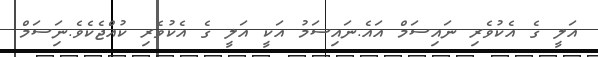
އަލީ ގެ އެކުވެރި ނައިސަމް އައެ.ނައިސަމު އަކީ އަލީ ގެ އެކުވެރި ކުއްޖެކެވެ.ނަިސަމް